Malaria in India - Number 2
Disease focus: Malaria
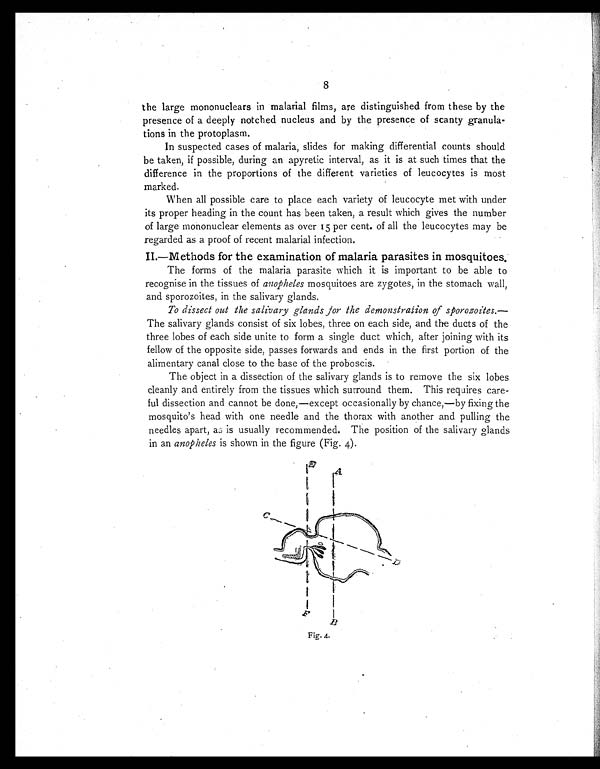
the large mononuclears in malarial films, are distinguished from these by the
presence of a deeply notched nucleus and by the presence of scanty granula-
tions in the protoplasm.
In suspected cases of malaria, slides for making differential counts should
be taken, if possible, during an apyretic interval, as it is at such times that the
difference in the proportions of the different varieties of leucocytes is most
marked.
When all possible care to place each variety of leucocyte met with under
its proper heading in the count has been taken, a result which gives the number
of large mononuclear elements as over 15 per cent of all the leucocytes may be
regarded as a proof of recent malarial infection.
II.—Methods for the examination of malaria parasites in mosquitoes.
The forms of the malaria parasite which it is important to be able to
recognise in the tissues of anopheles mosquitoes are zygotes, in the stomach wall,
and sporozoites, in the salivary glands.
To dissect out the salivary glands for the demonstration of sporozoites.—
The salivary glands consist of six lobes, three on each side, and the ducts of the
three lobes of each side unite to form a single duct which, after joining with its
fellow of the opposite side, passes forwards and ends in the first portion of the
alimentary canal close to the base of the proboscis.
The object in a dissection of the salivary glands is to remove the six lobes
cleanly and entirely from the tissues which surround them. This requires care-
ful dissection and cannot be done,—except occasionally by chance,—by fixing the
mosquito's head with one needle and the thorax with another and pulling the
needles apart, as is usually recommended. The position of the salivary glands
in an anopheles is shown in the figure (Fig. 4).
A g r a p h i c a p p e a r s h e r e – s e e i m a g e F i g . 4 . o f p a g e 8
8